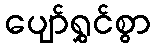
ပျော်ရွှင်စွာ